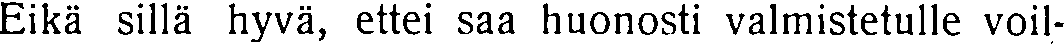
Eikä sillä hyvä, ettei saa huonosti valmistetulle voil-